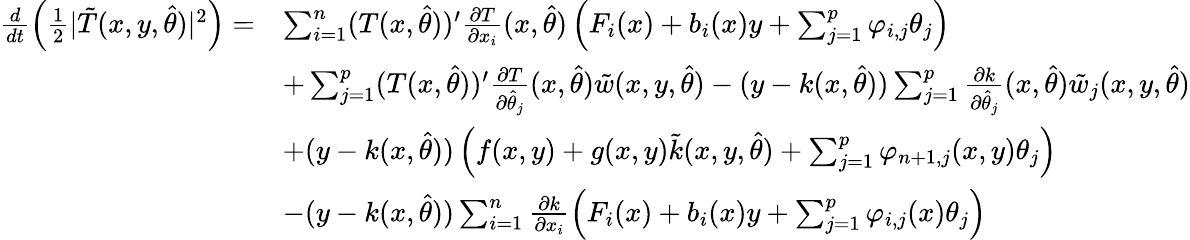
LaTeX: \begin{array}{rl}{\frac{d}{dt}\left(\frac{1}{2}\vert\tilde{T}(x,y,\hat{\theta})\vert^{2}\right)=}&{\sum_{i=1}^{n}(T(x,\hat{\theta}))^{\prime}\frac{\partial T}{\partial x_{i}}(x,\hat{\theta})\left(F_{i}(x)+b_{i}(x)y+\sum_{j=1}^{p}\varphi_{i,j}\theta_{j}\right)}\\ &{+\sum_{j=1}^{p}(T(x,\hat{\theta}))^{\prime}\frac{\partial T}{\partial\hat{\theta}_{j}}(x,\hat{\theta})\tilde{w}(x,y,\hat{\theta})-(y-k(x,\hat{\theta}))\sum_{j=1}^{p}\frac{\partial k}{\partial\hat{\theta}_{j}}(x,\hat{\theta})\tilde{w}_{j}(x,y,\hat{\theta})}\\ &{+(y-k(x,\hat{\theta}))\left(f(x,y)+g(x,y)\tilde{k}(x,y,\hat{\theta})+\sum_{j=1}^{p}\varphi_{n+1,j}(x,y)\theta_{j}\right)}\\ &{-(y-k(x,\hat{\theta}))\sum_{i=1}^{n}\frac{\partial k}{\partial x_{i}}\left(F_{i}(x)+b_{i}(x)y+\sum_{j=1}^{p}\varphi_{i,j}(x)\theta_{j}\right)}\end{array}